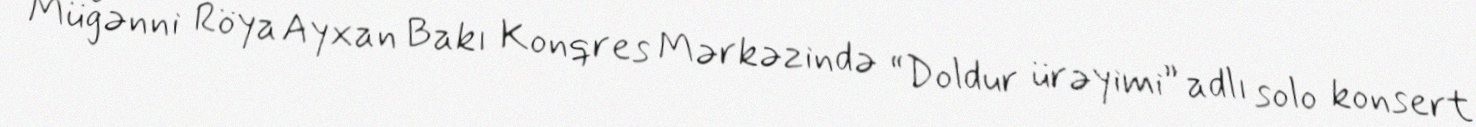
Müğənni Röya Ayxan Bakı Konqres Mərkəzində “Doldur ürəyimi” adlı solo konsert